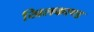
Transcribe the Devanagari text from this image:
खिलकाण्ड